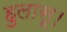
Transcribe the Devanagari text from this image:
हुलासू।